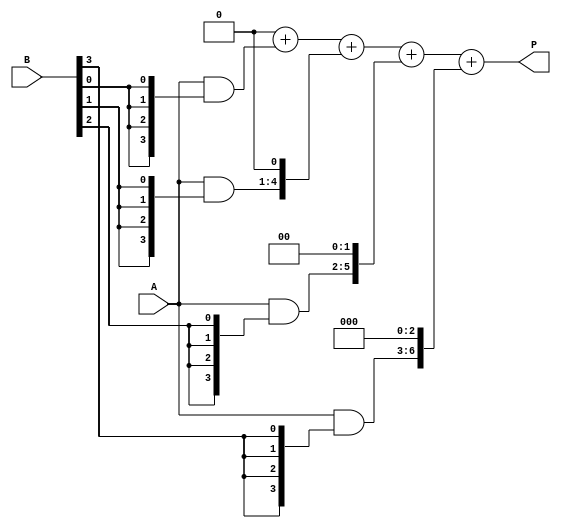
module vedic_multiplier #(parameter N = 4) (
    input  [N-1:0] A,
    input  [N-1:0] B,
    output reg [2*N-1:0] P
);
    
    reg [2*N-1:0] partial_products [0:N-1];
    
    // Generate Partial Products
    integer i;
    always @(*) begin
        for (i = 0; i < N; i = i + 1) begin
            partial_products[i] = (A & {N{B[i]}}) << i; // AND and shift
        end
    end

    // Sum Partial Products
    always @(*) begin
        P = 0; // Initialize product
        for (i = 0; i < N; i = i + 1) begin
            P = P + partial_products[i]; // Add all partial products
        end
    end
    
endmodule